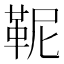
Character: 𩉹